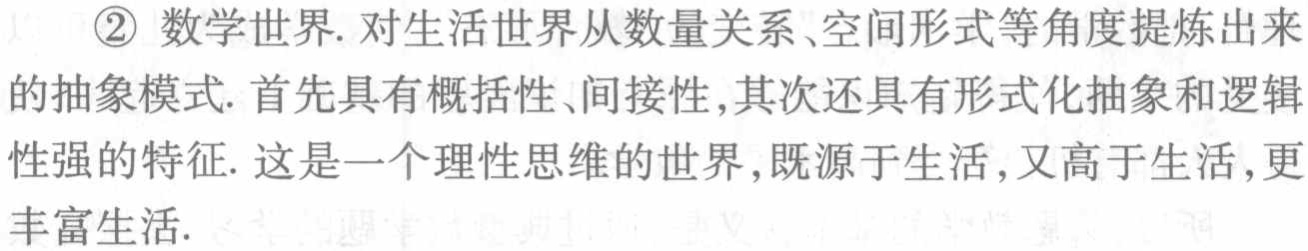
\textcircled{2} 数学世界. 对生活世界从数量关系、空间形式等角度提炼出来的抽象模式. 首先具有概括性、间接性,其次还具有形式化抽象和逻辑性强的特征. 这是一个理性思维的世界,既源于生活,又高于生活,更丰富生活.